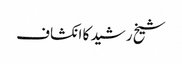
شیخ رشید کا انکشاف